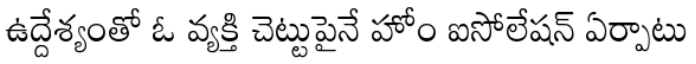
ఉద్దేశ్యంతో ఓ వ్యక్తి చెట్టుపైనే హోం ఐసోలేషన్ ఏర్పాటు